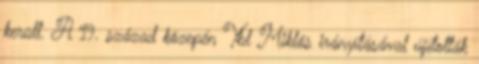
került. A 19. század közepén Ybl Miklós irányításával újították